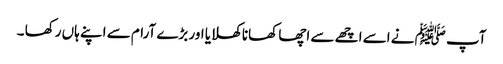
آپ ﷺ نے اسے اچھے سے اچھا کھانا کھلایا اور بڑے آرام سے اپنے ہاں رکھا ۔